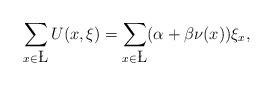
LaTeX: \begin{align*}\sum_{x\in \L}U(x, \xi)=\sum_{x\in\L}(\alpha+\beta\nu(x))\xi_x,\end{align*}